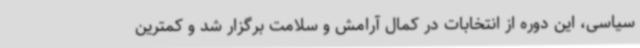
سیاسی، این دوره از انتخابات در کمال آرامش و سلامت برگزار شد و کمترین